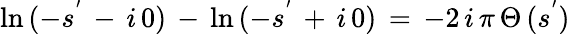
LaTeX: \ln\, (-s^{'}\, -\, i\, 0)\, -\, \ln\, (-s^{'}\, +\, i\, 0)\, =\, -2\, i\, \pi\, \Theta\, (s^{'})